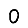
Digit: 0